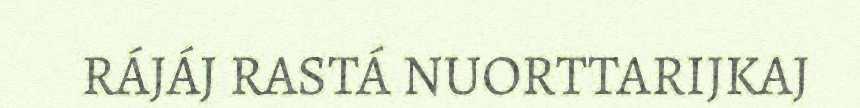
RÁJÁJ RASTÁ NUORTTARIJKAJ